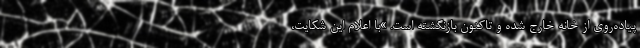
پیاده‌روی از خانه خارج شده و تاکنون بازنگشته است. »با اعلام این شکایت،